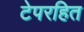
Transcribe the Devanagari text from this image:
टेपरहित